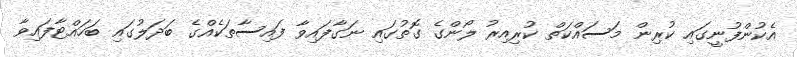
އެކުންފުނީގައި ކުރިން މަސައްކަތް ކުރިއިރު ލޯންގެ ގޮތުގައި ނަގާފައިވާ ފައިސާތަކެއްގެ ބަދަލުގައި ބަހައްޓާފައިވާ